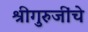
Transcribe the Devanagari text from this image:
श्रीगुरुजींचे